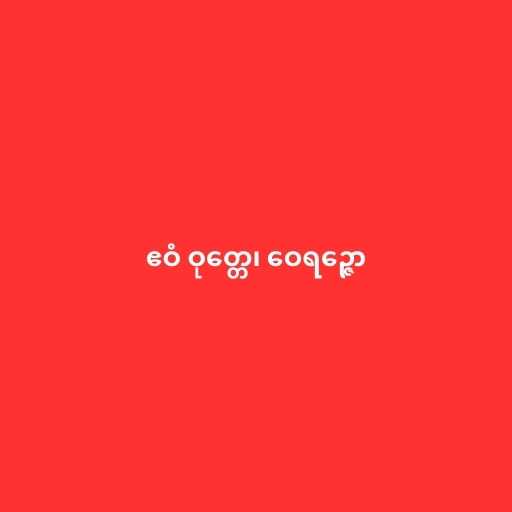
ဧဝံ ဝုတ္တေ၊ ဝေရဉ္ဇော